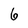
Character: 6